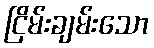
ငြိမ်းချမ်းသော